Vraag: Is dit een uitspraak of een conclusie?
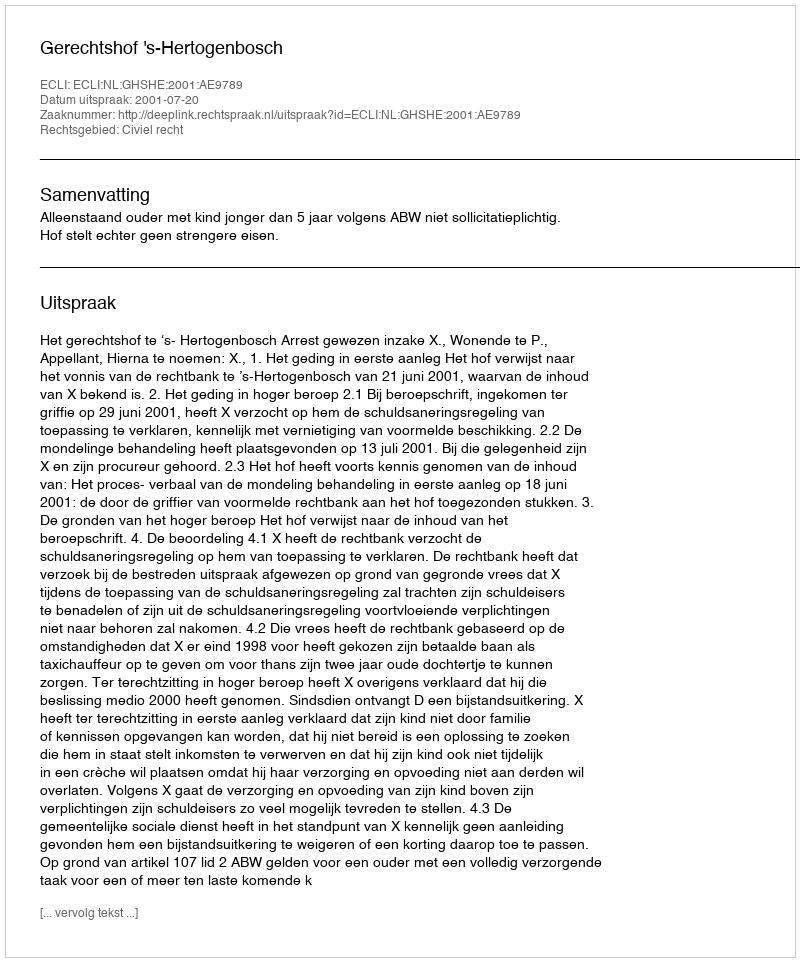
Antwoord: Uitspraak